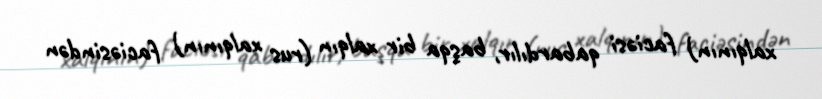
xalqının) faciəsi qabardılır, başqa bir xalqın (rus xalqının) faciəsindən